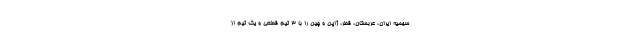
سهمیه ایران، عربستان، قطر، ژاپن و چین را با 3 تیم قطعی و یک تیم از